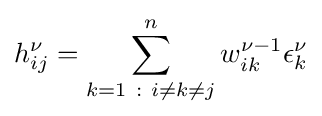
h_{ij}^{\nu }=\sum _{k=1~:~i\neq k\neq j}^{n}w_{ik}^{\nu -1}\epsilon _{k}^{\nu }